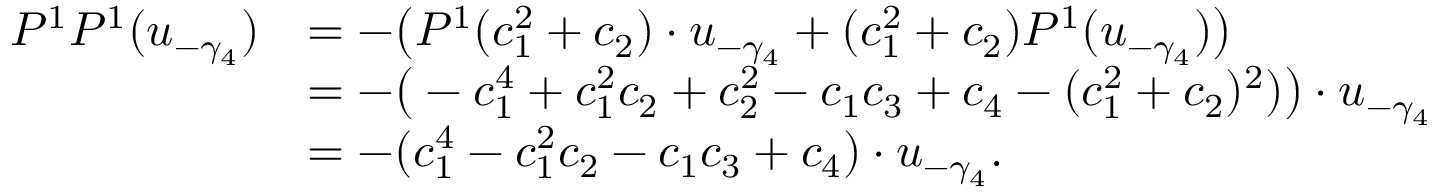
\begin{array} { r l } { P ^ { 1 } P ^ { 1 } ( u _ { - \gamma _ { 4 } } ) } & { = - \big ( P ^ { 1 } ( c _ { 1 } ^ { 2 } + c _ { 2 } ) \cdot u _ { - \gamma _ { 4 } } + ( c _ { 1 } ^ { 2 } + c _ { 2 } ) P ^ { 1 } ( u _ { - \gamma _ { 4 } } ) \big ) } \\ & { = - \big ( - c _ { 1 } ^ { 4 } + c _ { 1 } ^ { 2 } c _ { 2 } + c _ { 2 } ^ { 2 } - c _ { 1 } c _ { 3 } + c _ { 4 } - ( c _ { 1 } ^ { 2 } + c _ { 2 } ) ^ { 2 } ) \big ) \cdot u _ { - \gamma _ { 4 } } } \\ & { = - ( c _ { 1 } ^ { 4 } - c _ { 1 } ^ { 2 } c _ { 2 } - c _ { 1 } c _ { 3 } + c _ { 4 } ) \cdot u _ { - \gamma _ { 4 } } . } \end{array}